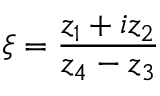
\xi = { \frac { z _ { 1 } + i z _ { 2 } } { z _ { 4 } - z _ { 3 } } }